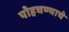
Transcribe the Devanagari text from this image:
पोहचण्याचे